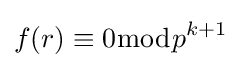
f(r)\equiv 0{\bmod {p}}^{k+1}